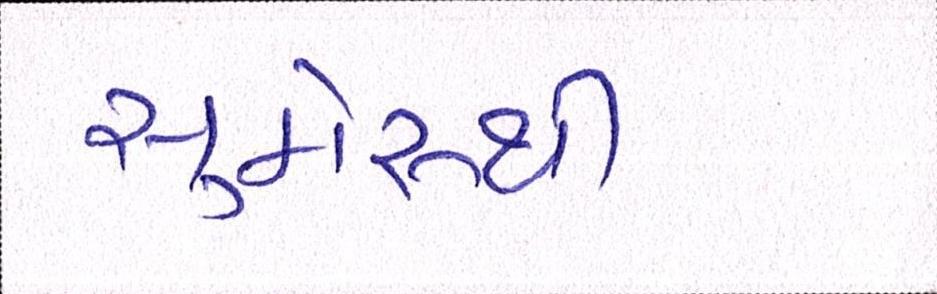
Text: સુમેરૂથી